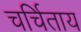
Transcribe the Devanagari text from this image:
चर्चिताय